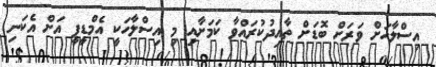
އިސްލާހަށް ވަރަށް ބޮޑަށް ތާއިދުކުރައްވާ ކަމަށާއި މި އިސްލާހަކީ އެމްޑީޕީ އަށް އެކަނި